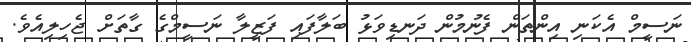
ނަސީމް އެކަނި އިންތަން ފެނުމުން ދަނޑިވަޅު ބަލާފައި ފަޒީލާ ނަސީމްގެ ގާތަށް ޖެހިލިއެވެ.